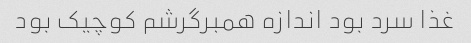
غذا سرد بود اندازه همبرگرشم کوچیک بود